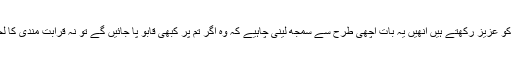
تم میں سے جو لوگ ان کے تعلقات کو عزیز رکھتے ہیں انھیں یہ بات اچھی طرح سے سمجھ لینی چاہیے کہ وہ اگر تم پر کبھی قابو پا جائیں گے تو نہ قرابت مندی کا لحاظ رکھیں گے نہ کسی معاہدے کا۔